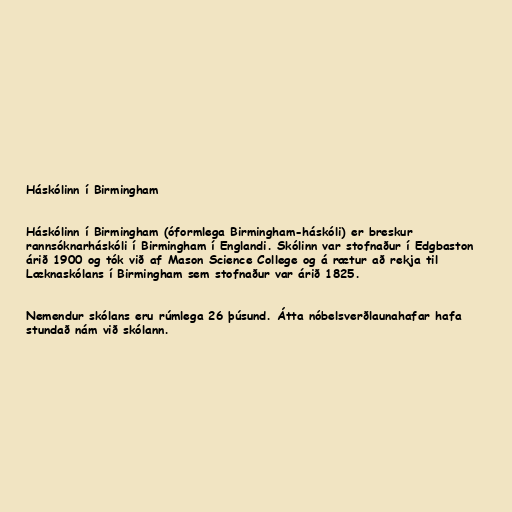
Háskólinn í Birmingham

Háskólinn í Birmingham (óformlega Birmingham-háskóli) er breskur
rannsóknarháskóli í Birmingham í Englandi. Skólinn var stofnaður í Edgbaston
árið 1900 og tók við af Mason Science College og á rætur að rekja til
Læknaskólans í Birmingham sem stofnaður var árið 1825.

Nemendur skólans eru rúmlega 26 þúsund. Átta nóbelsverðlaunahafar hafa
stundað nám við skólann.